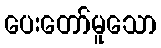
ပေးတော်မူသော